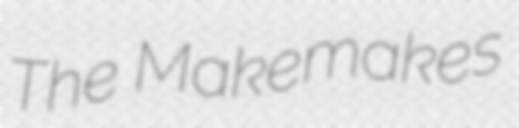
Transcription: The Makemakes